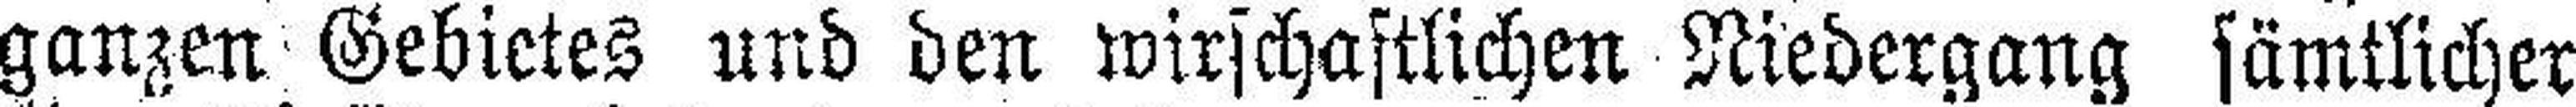
ganzen Gebietes und den wirschaftlichen Niedergang sämtlicher